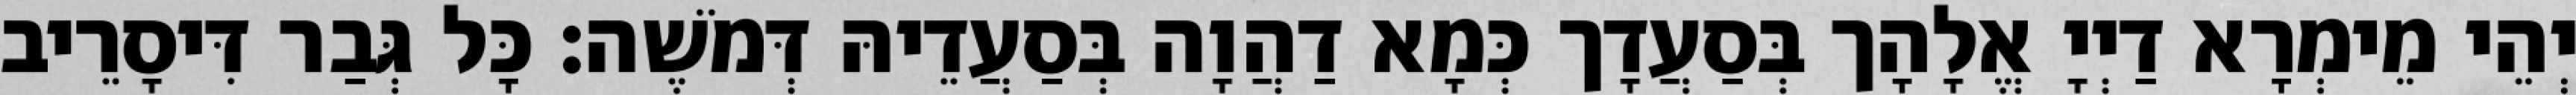
יְהֵי מֵימְרָא דַיְיָ אֱלָהָך בְּסַעֲדָך כְּמָא דַהֲוָה בְּסַעֲדֵיהּ דְּמֹשֶׁה׃ כָּל גְּבַר דִּיסָרֵיב